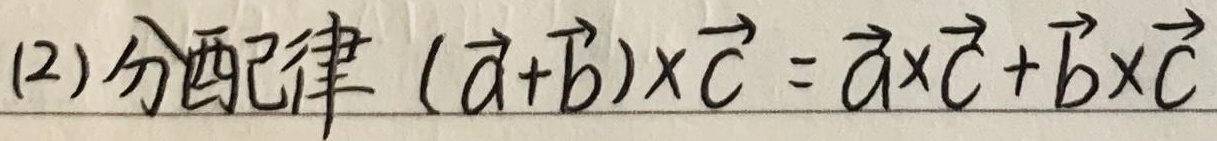
(2) 分配律 \((\vec{a}+\vec{b})\times\vec{c}=\vec{a}\times\vec{c}+\vec{b}\times\vec{c}\)